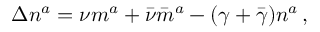
\Delta n ^ { a } = \nu m ^ { a } + { \bar { \nu } } { \bar { m } } ^ { a } - ( \gamma + { \bar { \gamma } } ) n ^ { a } \, ,